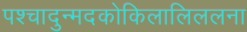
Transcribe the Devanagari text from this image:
पश्चादुन्मदकोकिलालिललना